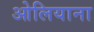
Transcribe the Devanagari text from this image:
ओलियाना